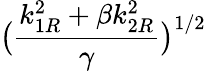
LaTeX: \displaystyle{\big(\frac{k_{1R}^{2}+\beta k_{2R}^{2}}{\gamma}\big)^{1/2}}